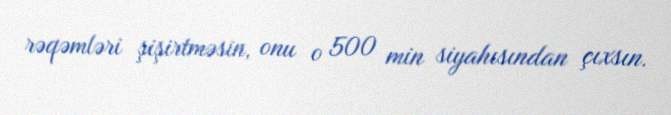
rəqəmləri şişirtməsin, onu o 500 min siyahısından çıxsın.